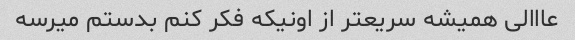
عااالى همیشه سریعتر از اونیکه فکر کنم بدستم میرسه